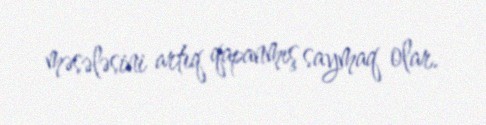
məsələsini artıq qapanmış saymaq olar.